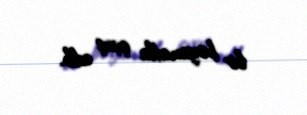
bir bəyanatla çıxış edib.